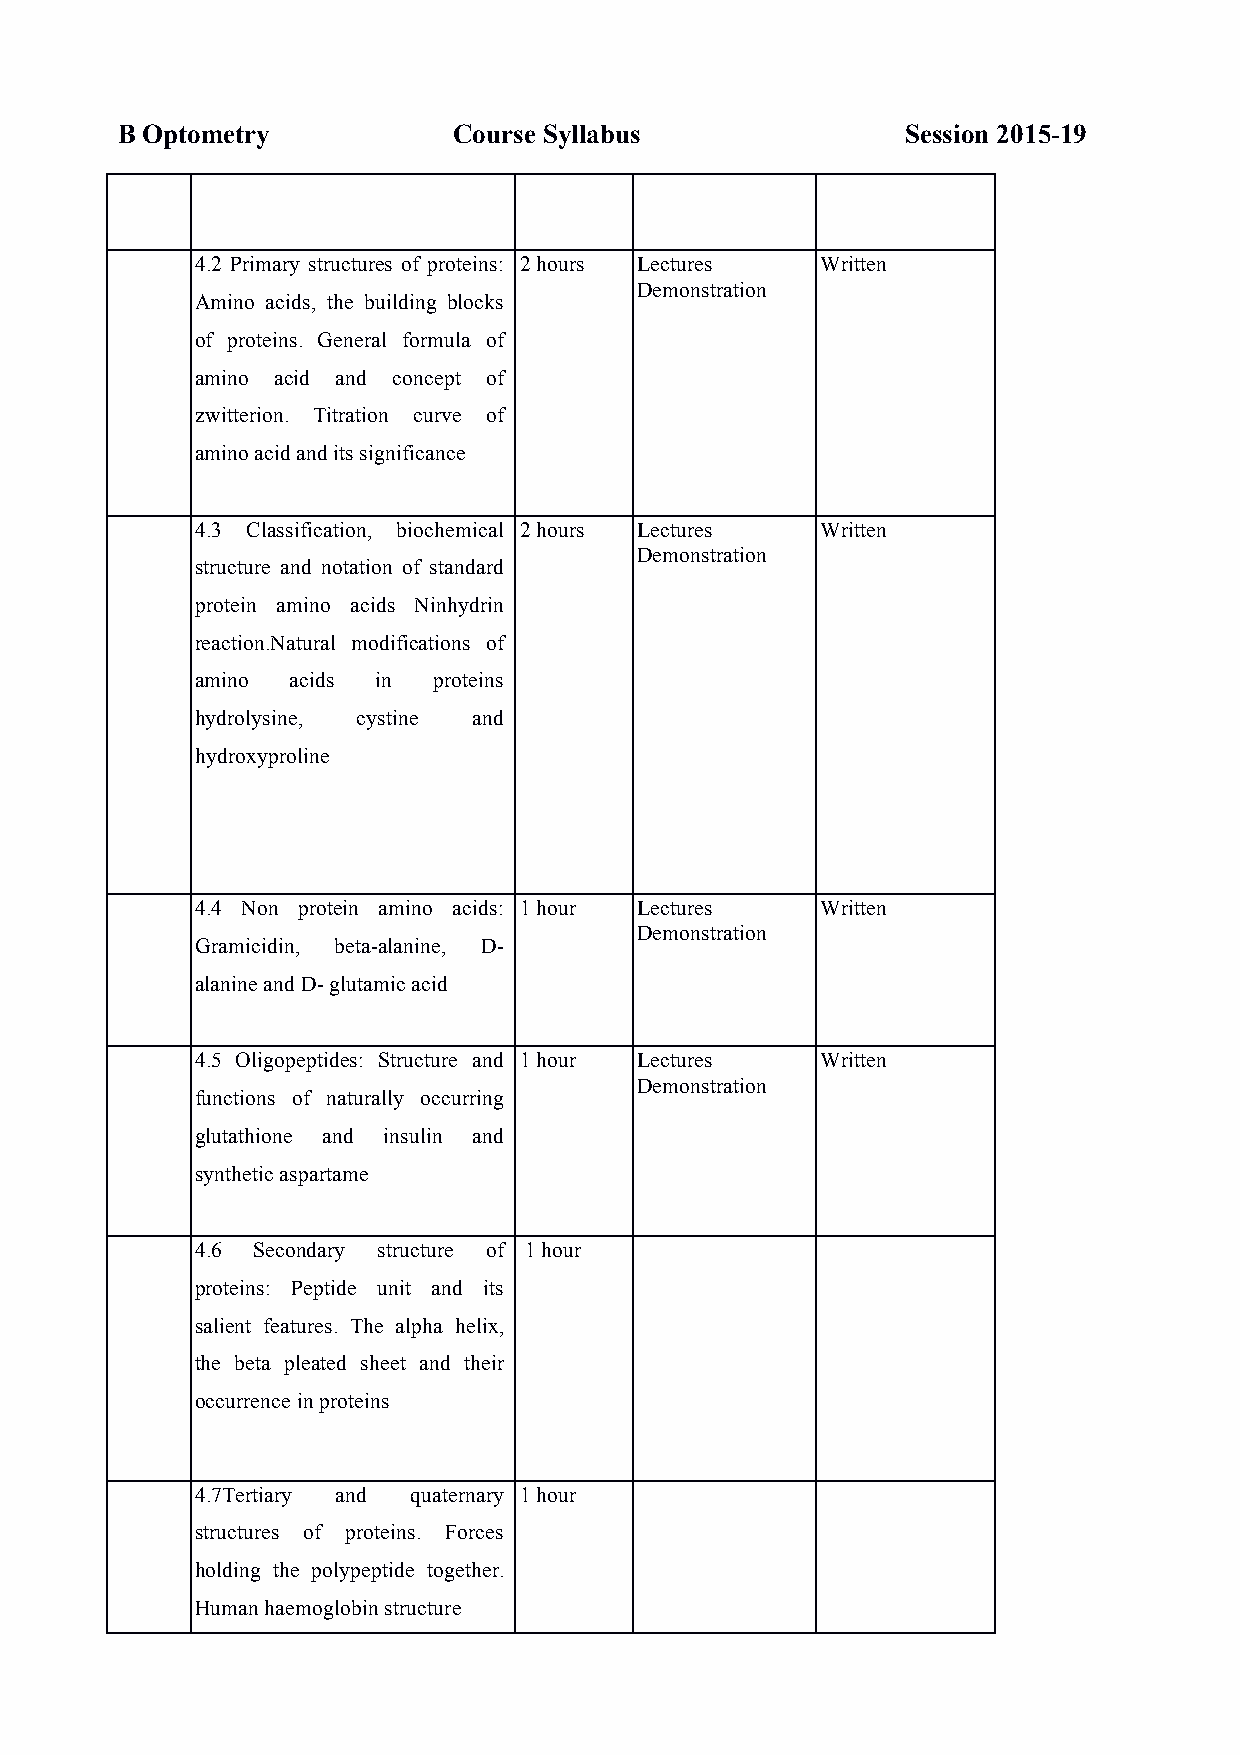
B Optometry           Course Syllabus               Session 2015-19
 4.2 Primary structures of proteins: 2 hours Lectures Written
 Demonstration
 Amino acids, the building blocks
 of proteins. General formula of
 amino acid and concept of
 zwitterion. Titration curve of
 amino acid and its significance
 4.3 Classification, biochemical 2 hours Lectures Written
 Demonstration
 structure and notation of standard
 protein amino acids Ninhydrin
 reaction.Natural modifications of
 amino acids in  proteins
 hydrolysine, cystine and
 hydroxyproline
 4.4 Non protein amino acids: 1 hour Lectures Written
 Demonstration
 Gramicidin, beta-alanine, D-
 alanine and D- glutamic acid
 4.5 Oligopeptides: Structure and 1 hour Lectures Written
 Demonstration
 functions of naturally occurring
 glutathione and insulin and
 synthetic aspartame
 4.6 Secondary structure of 1 hour
 proteins: Peptide unit and its
 salient features. The alpha helix,
 the beta pleated sheet and their
 occurrence in proteins
 4.7Tertiary and quaternary 1 hour
 structures of proteins. Forces
 holding the polypeptide together.
 Human haemoglobin structure